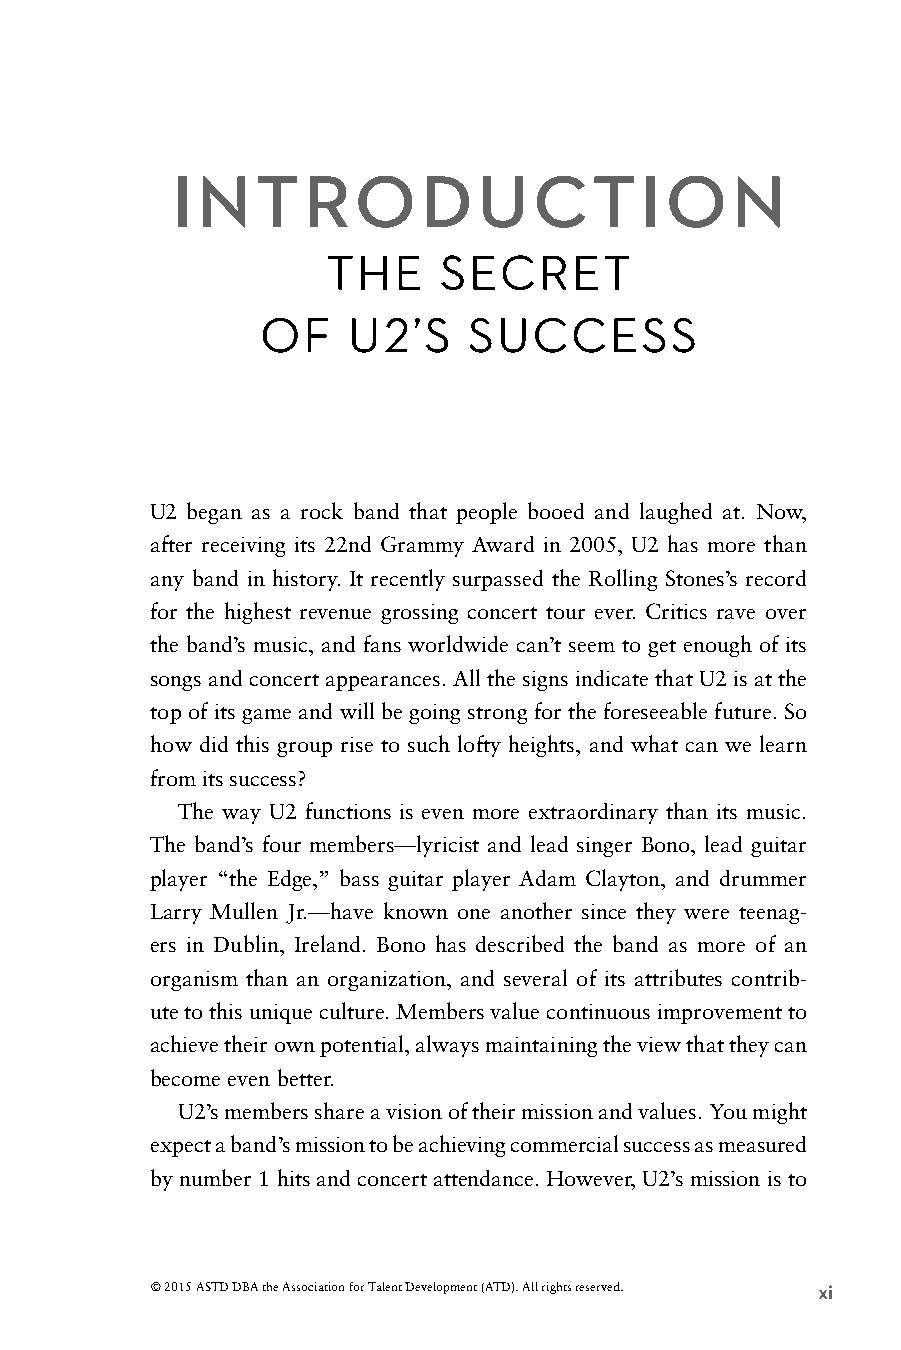
INTRODUCTION
 THE    SECRET
 OF    U2’S    SUCCESS
 U2 began as a rock band that people booed and laughed at. Now,
 after receiving its 22nd Grammy Award in 2005, U2 has more than
 any band in history. It recently surpassed the Rolling Stones’s record
 for the highest revenue grossing concert tour ever. Critics rave over
 the band’s music, and fans worldwide can’t seem to get enough of its
 songs and concert appearances. All the signs indicate that U2 is at the
 top of its game and will be going strong for the foreseeable future. So
 how did this group rise to such lofty heights, and what can we learn
 from its success?
 The way U2 functions is even more extraordinary than its music.
 The band’s four members—lyricist and lead singer Bono, lead guitar
 player “the Edge,” bass guitar player Adam Clayton, and drummer
 Larry Mullen Jr.—have known one another since they were teenag-
 ers in Dublin, Ireland. Bono has described the band as more of an
 organism than an organization, and several of its attributes contrib-
 ute to this unique culture. Members value continuous improvement to
 achieve their own potential, always maintaining the view that they can
 become even better.
 U2’s members share a vision of their mission and values. You might
 expect a band’s mission to be achieving commercial success as measured
 by number 1 hits and concert attendance. However, U2’s mission is to
 © 2015 ASTD DBA the Association for Talent Development (ATD). All rights reserved. xi